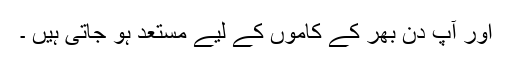
اور آپ دن بھر کے کاموں کے لیے مستعد ہو جاتی ہیں ۔